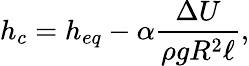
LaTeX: h_{c}=h_{eq}-\alpha\frac{\Delta{U}}{\rho gR^{2}\ell},